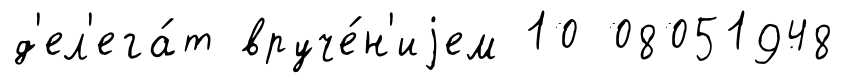
д'ел'ега́т вруче́н'иjем 10 08051948